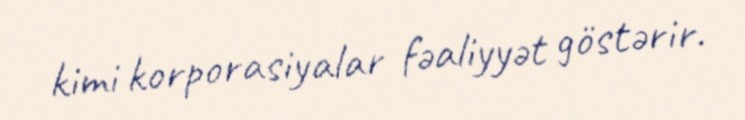
kimi korporasiyalar fəaliyyət göstərir.